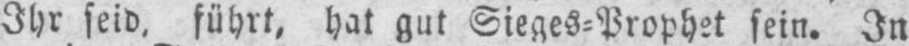
Ihr seid, führt, hat gut Sieges⸗Prophet sein. In